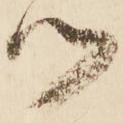
つ